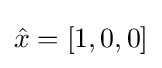
{\hat {x}}=[1,0,0]